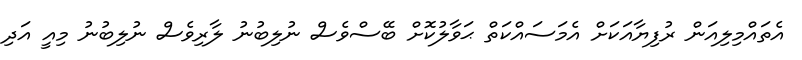
އެތައްމިލިއަން ރުފިޔާއަކަށް އެމަސައްކަތް ޙަވާލުކޮށް ބޭސްވެސް ނުލިބުނު ލާރިވެސް ނުލިބުނު މިއީ އަދި